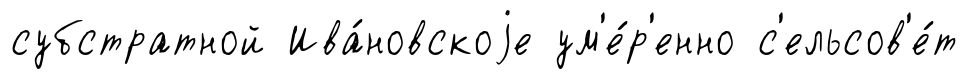
субстратной Ива́новскоjе ум'е́р'енно с'ельсов'е́т